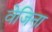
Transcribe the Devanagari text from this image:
वेजिना